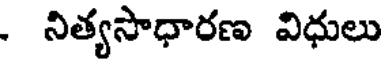
- నిత్యసాధారణ విధులు